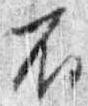
不